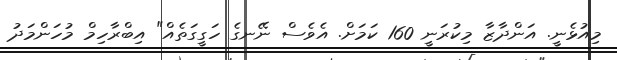
މިއުޅެނީ. އަންދާޒާ މިކުރަނީ 160 ކަމަށް. އެވެސް ނޭނގެ ހަގީގަތެއް" އިބްރާހިމް މުހަންމަދު